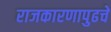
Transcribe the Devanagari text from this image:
राजकारणापुढचे